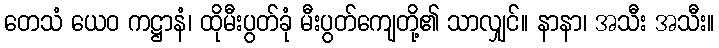
တေသံ ယေဝ ကဋ္ဌာနံ၊ ထိုမီးပွတ်ခုံ မီးပွတ်ကျေတို့၏ သာလျှင်။ နာနာ၊ အသီး အသီး။